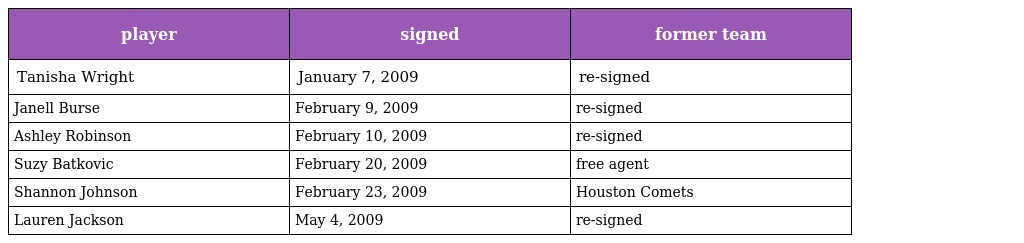
| player | signed | former team |
 | --- | --- | --- |
 | Tanisha Wright | January 7, 2009 | re-signed |
 | Janell Burse | February 9, 2009 | re-signed |
 | Ashley Robinson | February 10, 2009 | re-signed |
 | Suzy Batkovic | February 20, 2009 | free agent |
 | Shannon Johnson | February 23, 2009 | Houston Comets |
 | Lauren Jackson | May 4, 2009 | re-signed |